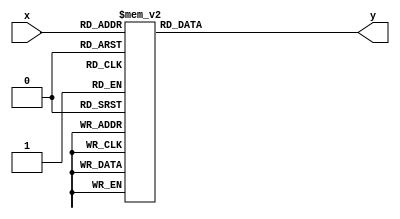
module Common_Anode7_segment_Decoder
(
  input wire [3:0] x,
  output reg [6:0] y
);
  always @*
    case(x)
	4'b1010,4'b1011,4'b1100,4'b1101,4'b1110,4'b1111:
	  y=7'b1111111;
	4'b0000:
	  y=7'b0000001;
	4'b0001:
	  y=7'b1001111;
	4'b0010:
	  y=7'b0010010;
	4'b0011:
	  y=7'b0000110;
	4'b0100:
	  y=7'b1001100;
	4'b0101:
	  y=7'b0100100;
	4'b0110:
	  y=7'b0100000;
	4'b0111:
	  y=7'b0001111;
	4'b1000:
	  y=7'b0000000;
	4'b1001:
	  y=7'b0000100;
     endcase
endmodule

// mach led 7 doan
module tb_Common_Anode7_segment_Decoder;
  reg [3:0] a;
  wire [6:0] b;
  Common_Anode7_segment_Decoder uut(.x(a),.y(b));
  initial
  begin
	a=4'b0000;
	#200;
	a=4'b0001;
	#200;
	a=4'b0010;
	#200;
	a=4'b0011;
	#200;
	a=4'b0100;
	#200;
	a=4'b0101;
	#200;
	a=4'b0110;
	#200;
	a=4'b0111;
	#200;
	a=4'b1000;
	#200;
	a=4'b1001;
	#200;
	a=4'b1010;
	#200;
	a=4'b1011;
	#200;
	a=4'b1100;
	#200;
	a=4'b1101;
	#200;
	a=4'b1110;
	#200;
	a=4'b1111;
	#200;
	$stop;
  end
endmodule